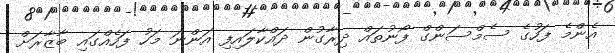
އެންމެ ފަހުގެ ސެމްސަންގް ފޯނުތައް ދިރާގުން ދައްކާލައިފި އަންނަ މަހު ފަހެއްގައި ބާޒާރަށް